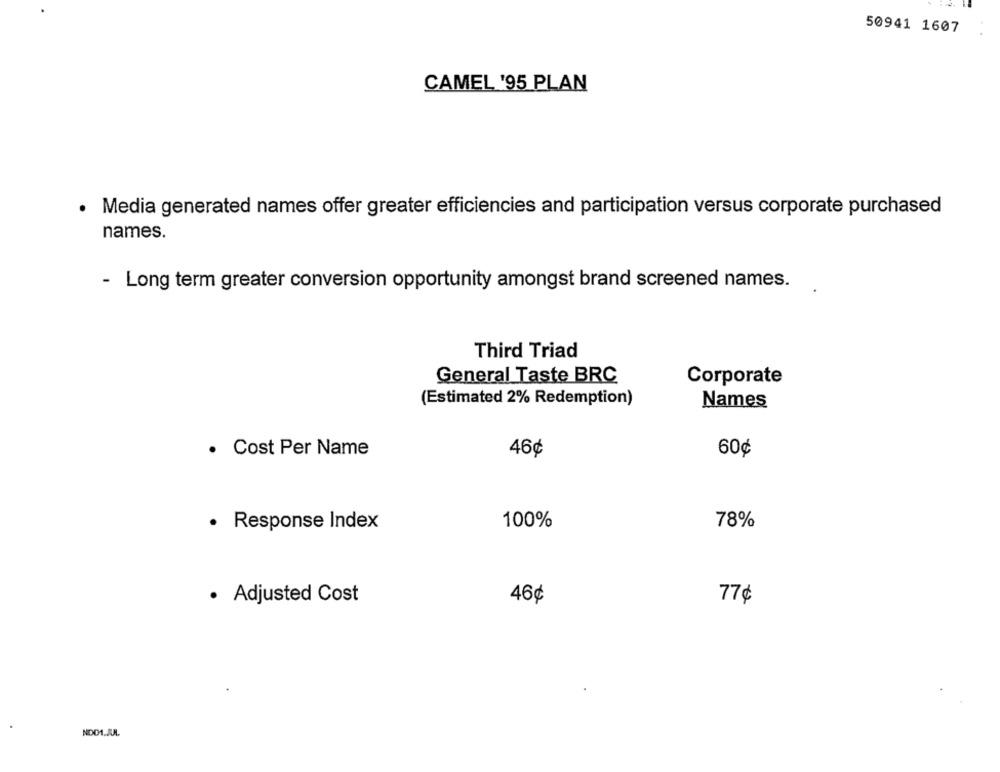
50941 1607
CAMEL '95 PLAN
Media generated names offer greater efficiencies and participation versus corporate purchased
names.
- Long term greater conversion opportunity amongst brand screened names.
Third Triad
General Taste BRC
Corporate
(Estimated 2% Redemption)
Names
· Cost Per Name
46¢
60¢
· Response Index
100%
78%
· Adjusted Cost
46¢
77¢
NDO1.JUL.